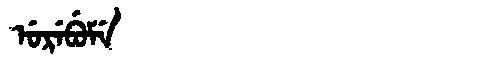
Manchu: ᡠᡵᡝᠪᡠᠮᡝ
Romanization: UREBUME